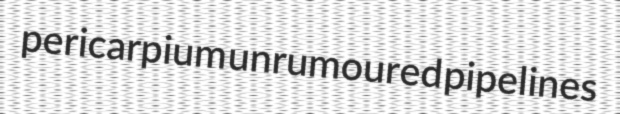
pericarpium unrumoured pipelines